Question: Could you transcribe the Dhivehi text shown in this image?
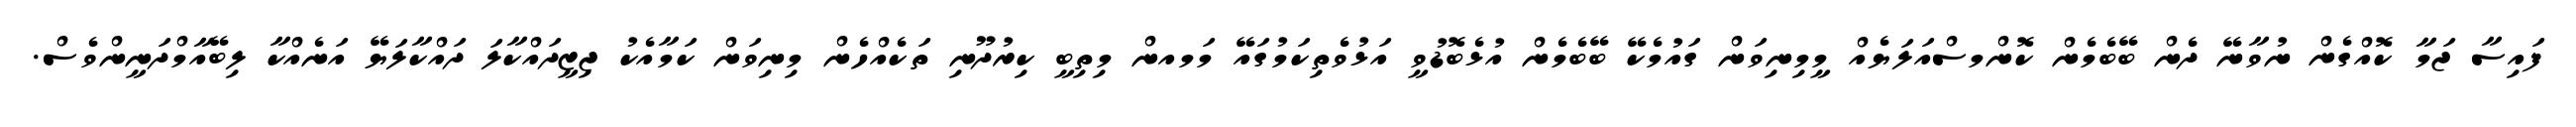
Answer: ފައިސާ ޖަމާ ކޮއްގެން ނުވާނޭ ދެން ބޭބެމެން ކޮންމސްއަލަޔެއް މީމިނިވަން ގައުމެކޭ ބޭބެމެން އުޅެބޮޑުވީ އަޅުވެތިކަމުގައޭ މަމއން މިތިބީ ކިރުދޫނި ތަކެއްހެން މިނިވަން ކަމާއެކު ޖިޒީދައްކާލަ ދައްކާލަޔޭ އަނެއްކާ ލިބޭއާމްދަނީންވެސް.